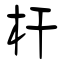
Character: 杆